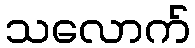
သလောက်